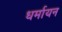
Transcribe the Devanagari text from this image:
धर्मायन